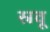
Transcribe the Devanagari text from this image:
स्रवू